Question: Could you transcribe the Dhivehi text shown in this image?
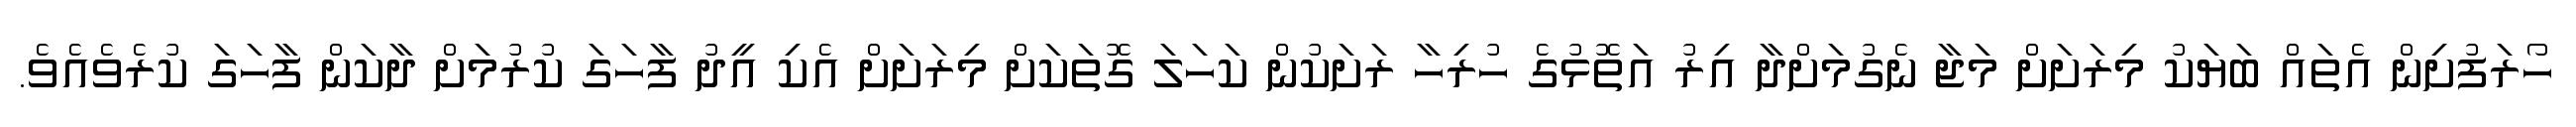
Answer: ހޯރަފުށިން އެތައް ބަޔަކު މިރަށަށް މަޖާ ނެގުމަށްދާ އިރު އަތޮޅުގެ ހުރިހާ ރަށަކުން ކަހަލަ ގޮތަކަށް މިރަށަށް އެކި އީދު ފާހަގަ ކުރުމަށް ދާކަން ފާހަގަ ކުރެވެއެވެ.